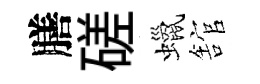
膳磋蠟舘